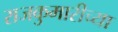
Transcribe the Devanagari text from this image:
राजकुमारीच्या